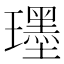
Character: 𤪯